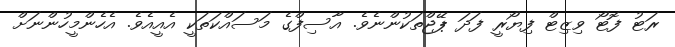
ރަޓު ފޮޓޯ ވިޒިޓް ފިޔޯރީ ފަދަ ޕޭޖްތަކުންނެވެ. އާސިފްގެ މަސައްކަތަކީ އެއީއެވެ. އެހެންމީހުންނަށް